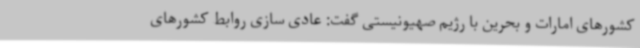
کشورهای امارات و بحرین با رژیم صهیونیستی گفت: عادی سازی روابط کشورهای